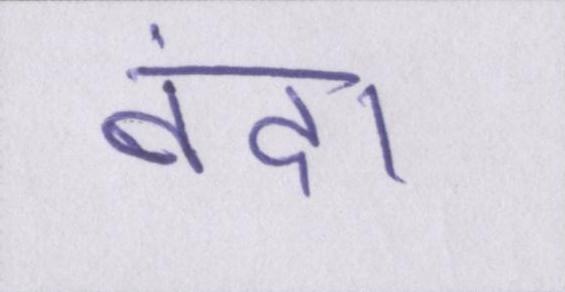
बंद।